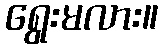
ရွေးမလား။